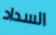
السداد